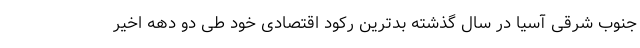
جنوب شرقی آسیا در سال گذشته بدترین رکود اقتصادی خود طی دو دهه اخیر